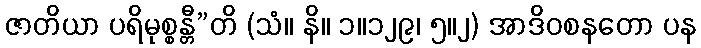
ဇာတိယာ ပရိမုစ္စန္တီ”တိ (သံ။ နိ။ ၁။၁၂၉၊ ၅။၂) အာဒိဝစနတော ပန